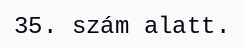
35. szám alatt.